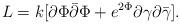
LaTeX: \begin{align*}L=k[{\partial {\Phi}}{\bar{\partial}}{\Phi}+e^{2{\Phi}}{\partial {\gamma}}{\partial {\bar{\gamma}}}].\end{align*}